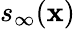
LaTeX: s_{\infty}(\mathbf{x})